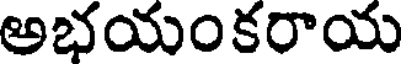
అభయంకరాయ